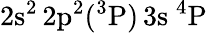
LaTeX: \mathrm{2s^{2}\, 2p^{2}(^{3}P)\, 3s~^{4}P}